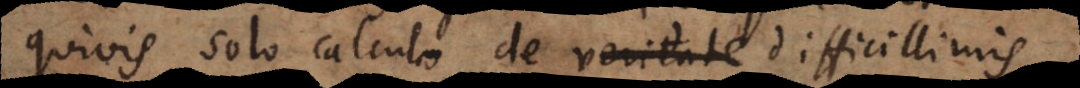
quivis solo calculo de veritate difficillimis